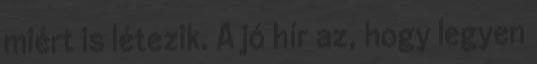
miért is létezik. A jó hír az, hogy legyen